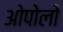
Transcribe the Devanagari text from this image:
ओपोलो